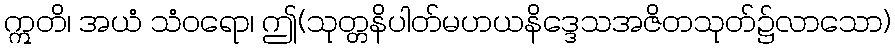
ဣတိ၊ အယံ သံဝရော၊ ဤ(သုတ္တနိပါတ်မဟယနိဒ္ဒေသအဇိတသုတ်၌လာသော)